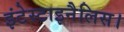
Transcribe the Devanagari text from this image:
इंटेस्टाइनैलिस।